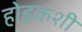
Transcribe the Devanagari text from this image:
होइकशी